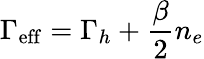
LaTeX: \Gamma_{\mathrm{eff}}=\Gamma_{h}+\frac{\beta}{2}n_{e}